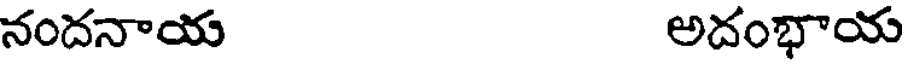
నందనాయ అదంభాయ